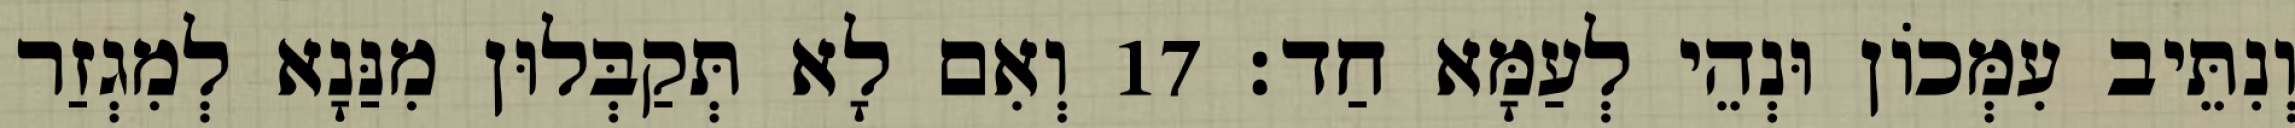
וְנִתֵּיב עִמְּכוֹן וּנְהֵי לְעַמָּא חַד׃ 17 וְאִם לָא תְּקַבְּלוּן מִנַּנָא לְמִגְזַר